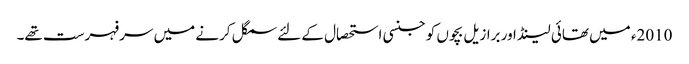
2010ء میں تھائی لینڈ اور برازیل بچوں کو جنسی استحصال کے لئے سمگل کرنے میں سرفہرست تھے۔